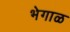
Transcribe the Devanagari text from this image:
भेगाळ